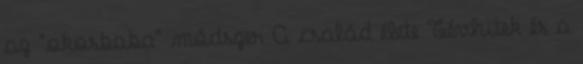
az "okosbaba" módszer A család élete Tévhitek és a